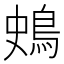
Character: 𪀎